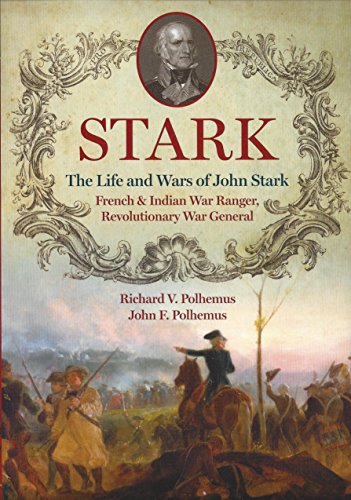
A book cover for Stark; The Life and Wars of John Stark, French and Indian War Ranger, Revolutionary War General; Richard Polhemus & John Polhemus; History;